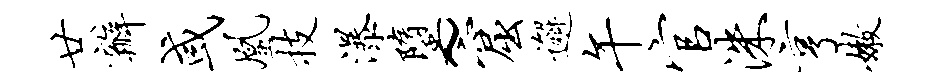
廿瓣或凰技瀑堕~窟邂午官洙亨嫩